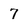
Character: 7